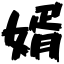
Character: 婿